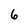
Character: 6